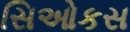
સિઓકસ